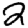
Digit: 2